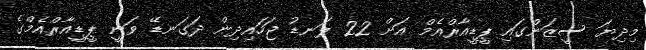
މިދިޔަ ސީޒަންގައި ޕީޑީއާރްއެމް އަށް 22 ލަނޑު ޖަހައިދިން ދަގަނޑޭ ވަނީ ޕީޑީއާރްއެމްގެ